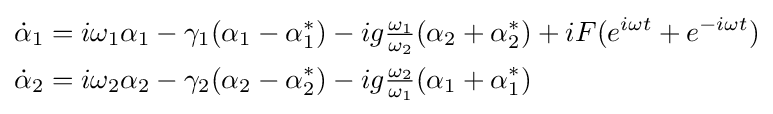
{\begin{aligned}{\dot {\alpha }}_{1}&=i\omega _{1}\alpha _{1}-\gamma _{1}(\alpha _{1}-\alpha _{1}^{*})-ig{\tfrac {\omega _{1}}{\omega _{2}}}(\alpha _{2}+\alpha _{2}^{*})+iF(e^{i\omega t}+e^{-i\omega t})\\{\dot {\alpha }}_{2}&=i\omega _{2}\alpha _{2}-\gamma _{2}(\alpha _{2}-\alpha _{2}^{*})-ig{\tfrac {\omega _{2}}{\omega _{1}}}(\alpha _{1}+\alpha _{1}^{*})\end{aligned}}